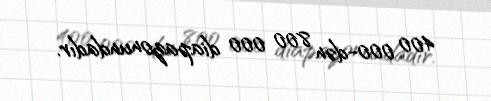
400 000-dən 800 000 diapazonundadır.